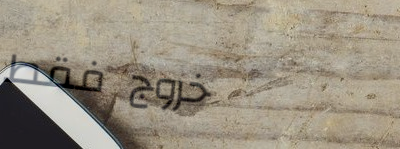
خروج فقط